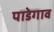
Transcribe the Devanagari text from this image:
पाडेगाव